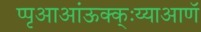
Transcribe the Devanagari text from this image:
प्पृआआंऊक्क्ःय्याआणॅ